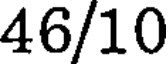
46/10